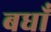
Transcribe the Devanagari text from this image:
बधाँ